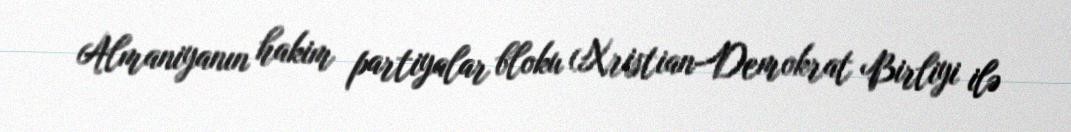
Almaniyanın hakim partiyalar bloku (Xristian-Demokrat Birliyi ilə